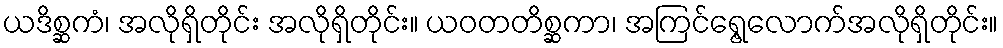
ယဒိစ္ဆကံ၊ အလိုရှိတိုင်း အလိုရှိတိုင်း။ ယဝတတိစ္ဆကာ၊ အကြင်ရွေ့လောက်အလိုရှိတိုင်း။